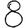
Digit: 8